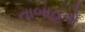
તાબાહતો